Annual administration and progress report of the Indian Medical Department, Bombay
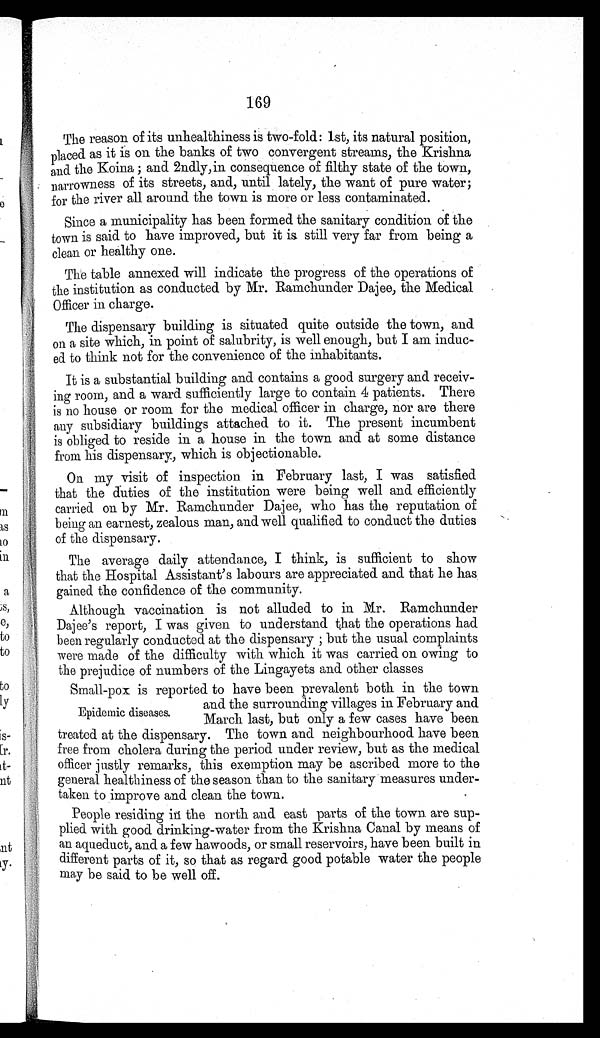
169
The reason of its unhealthiness is two-fold: 1st, its natural position,
placed as it is on the banks of two convergent streams, the Krishna
and the Koina ; and 2ndly, in consequence of filthy state of the town,
narrowness of its streets, and, until lately, the want of pure water;
for the river all around the town is more or less contaminated.
Since a municipality has been formed the sanitary condition of the
town is said to have improved, but it is still very far from being a
clean or healthy one.
The table annexed will indicate the progress of the operations of
the institution as conducted by Mr. Ramchunder Dajee, the Medical
Officer in charge.
The dispensary building is situated quite outside the town, and
on a site which, in point of salubrity, is well enough, but I am induc-
ed to think not for the convenience of the inhabitants.
It is a substantial building and contains a good surgery and receiv-
ing room, and a ward sufficiently large to contain 4 patients. There
is no house or room for the medical officer in charge, nor are there
any subsidiary buildings attached to it. The present incumbent
is obliged to reside in a house in the town and at some distance
from his dispensary, which is objectionable.
On my visit of inspection in February last, I was satisfied
that the duties of the institution were being well and efficiently
carried on by Mr. Ramchunder Dajee, who has the reputation of
being an earnest, zealous man, and well qualified to conduct the duties
of the dispensary.
The average daily attendance, I think, is sufficient to show
that the Hospital Assistant's labours are appreciated and that he has
gained the confidence of the community.
Although vaccination is not alluded to in Mr. Ramchunder
Dajee's report, I was given to understand that the operations had
been regularly conducted at the dispensary ; but the usual complaints
were made of the difficulty with which it was carried on owing to
the prejudice of numbers of the Lingayets and other classes
Small-pox is reported to have been prevalent both in the town
and the surrounding villages in February and
Epidemic diseases.
March last, but only a few cases have been
treated at the dispensary. The town and neighbourhood have been
free from cholera during the period under review, but as the medical
officer justly remarks, this exemption may be ascribed more to the
general healthiness of the season than to the sanitary measures under-
taken to improve and clean the town.
People residing in the north and east parts of the town are sup-
plied with good drinking-water from the Krishna Canal by means of
an aqueduct, and a few hawoods, or small reservoirs, have been built in
different parts of it, so that as regard good potable water the people
may be said to be well off.